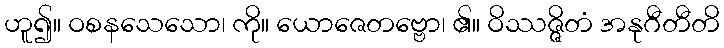
ဟူ၍။ ဝစနသေသော၊ ကို။ ယောဇေတဗ္ဗော၊ ၏။ ဝိဿဇ္ဇိတံ အနုဂီတီတိ